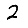
Digit: 2